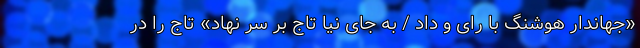
«جهاندار هوشنگ با رای و داد / به جای نیا تاج بر سر نهاد» تاج را در